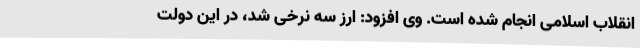
انقلاب اسلامی انجام شده است. وی افزود: ارز سه نرخی شد، در این دولت